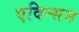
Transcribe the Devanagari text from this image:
एदिन्सन